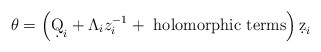
\begin{align*} \theta = \left( \d Q_i + \Lambda_i z_i^{-1} + \mbox{ holomorphic terms} \right) \d z_i\end{align*}